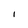
Character: I